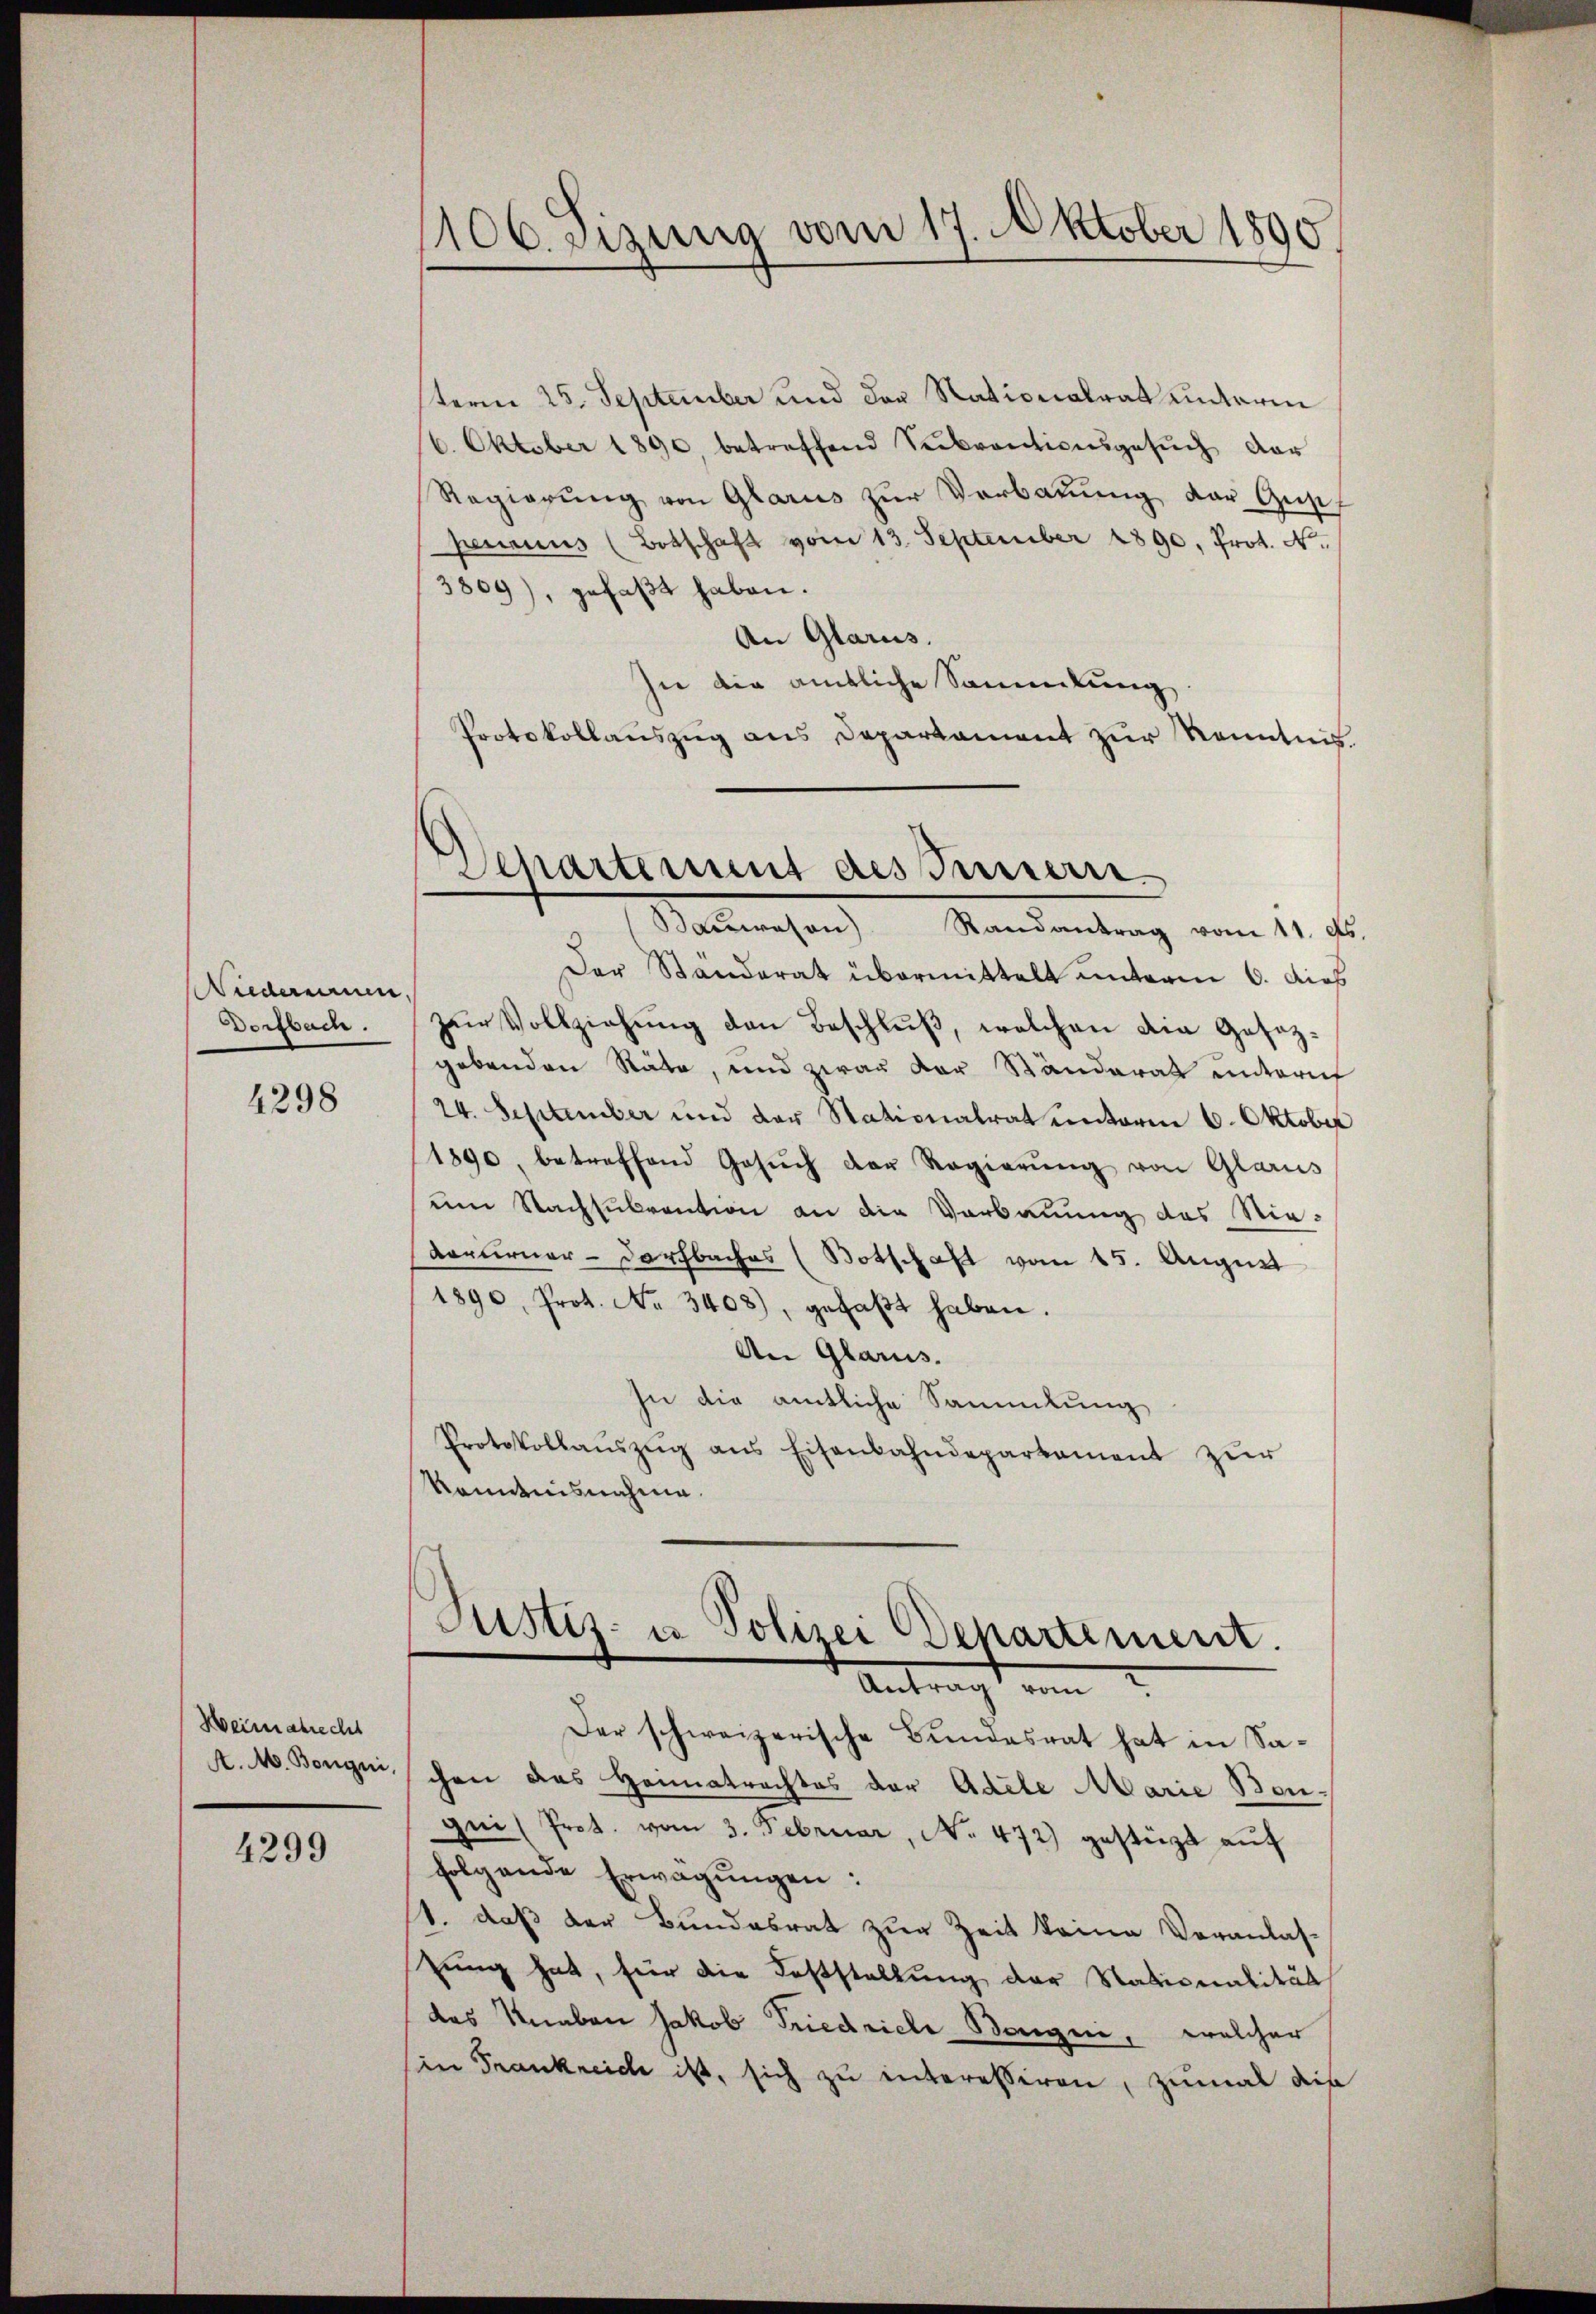
Niederniun,
4298

Weimatrecht

4299

stern 25. September und der Nationalrat unterm
6. Oktober 1890, betreffend Subventionsgesŭch dar
Regierung von Glarus zur Verbauung der Gust
perinius (Botschaft vom 13. September 1890, Prot. N.
3809), gefaßt haben.
An Glarus.
sie die amtliche Sammlung
Protokollauszug aus Departament zur Kenntnis.
Der Ständerat übermittelt unterm 6. dies
Dorfbach. zur Vollziehung den Beschluß, welchen die Gesetzgebenden Stäte, und zwar der Ständerat untern
24. September und der Stationalrat unterm 6. Oktober
1890, betreffend Gesuch der Regierung von Glarus
um Nachsubvention an die Verbauung des Nie¬
Verurner- Dorfbaches (Botschaft vom 15. August
1890, Prot. No 3408), gefaβt haben.
An Glarus.
In die amtliche Sammlung
Protokollaŭszŭg ans Eisenbahndepartament zŭr
Romnisnahme.

1106. Sizung vom 17. Oktober 1890.

Departement des Innern
Bauwesen Randantrag vom 11. ds.

Justiz- u Polizei Departement.
Antragt vom

Der schweizerische Bundesrat hat in Sal. M. Bonguischen das Heimatrachtes der Adele Marie Benqni (Prot. vom 3. Februar, No. 472) gestüzt auf
folgende Erwägŭngen:
1. daß der Bundesrat zur Zeit keine Veranlas-
zung hat, für die Feststellung der Nationalität
das Knaben Jakob Friedriche Bongni, welcher
in Frankreiche ist, sich zu interessiren, zumal dis